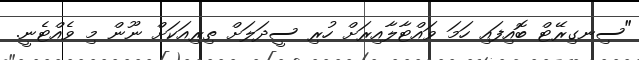
"ސިނގިރޭޓް ބޮއިފައި ހަމަ ވައްޓާލާއިރަށް ހުރި ސީދަލަށް ތިރިއަކަށް ނޫން މި ވެއްޓެނީ.